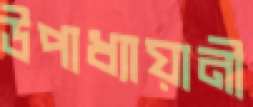
উপাধ্যায়ানী